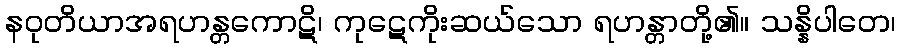
နဝုတိယာအရဟန္တကောဋိ၊ ကုဋေကိုးဆယ်သော ရဟန္တာတို့၏။ သန္နိပါတေ၊